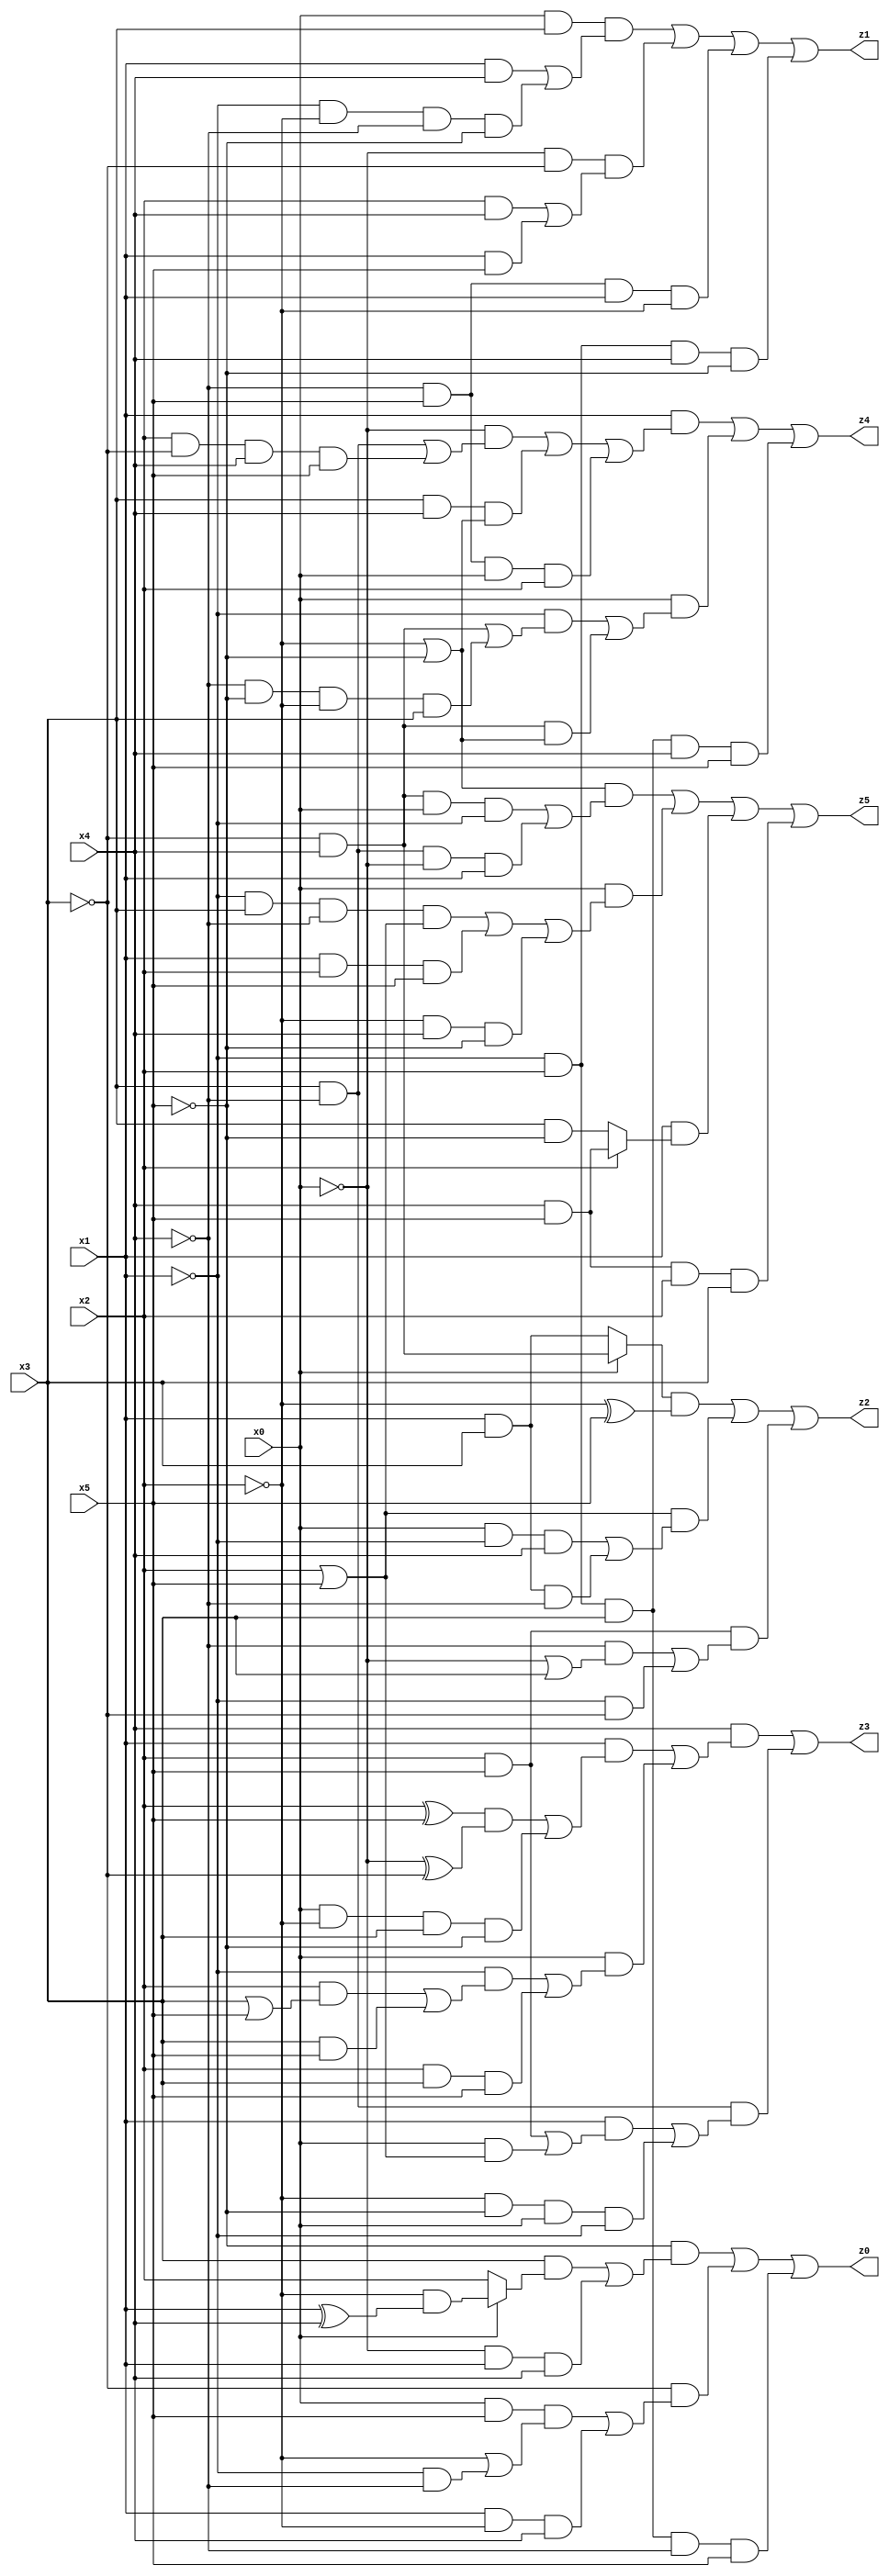
// Benchmark "mult_3x3_8" written by ABC on Sun Dec 11 18:52:49 2022

module mult_3x3_8 ( 
    x0, x1, x2, x3, x4, x5,
    z0, z1, z2, z3, z4, z5  );
  input  x0, x1, x2, x3, x4, x5;
  output z0, z1, z2, z3, z4, z5;
  assign z0 = (~x5 & ((x3 & (x0 ? (~x2 & (x1 ^ x4)) : x2)) | (~x0 & x1 & x4))) | (~x3 & ((x0 & x5 & (~x2 | (~x1 & ~x4))) | (x1 & ~x2 & x4))) | (~x1 & x2 & x3 & ~x4 & x5);
  assign z1 = (x0 & x3 & ((x1 & x4) | (~x1 & ~x2 & ~x4 & ~x5))) | (~x0 & ~x3 & ((x2 & x4) | (x1 & x5))) | (~x4 & x5 & x1 & ~x2) | (~x1 & x2 & x4 & ~x5);
  assign z2 = ((x0 ? (~x3 & x4) : (x1 & x3)) & (~x2 ^ x5)) | ((x2 | x5) & ((x0 & ~x1 & x4) | (x1 & x3 & ~x4))) | (x2 & x5 & ((~x4 & (~x0 | x3)) | (~x1 & ~x3)));
  assign z3 = (x4 & ((x1 & (((x2 ^ x5) & (~x0 ^ ~x3)) | (x0 & ~x2 & x3 & ~x5))) | (x0 & ((~x1 & ((x2 & (x3 | x5)) | (x3 & x5))) | (x2 & x3 & x5))))) | (x3 & ~x4 & ((x1 & ((x2 & x5) | (x0 & (x2 | x5)))) | (~x2 & ~x5 & x0 & ~x1)));
  assign z4 = (x1 & ((~x0 & ((x3 & ~x4) | (x2 & ~x3 & x4 & x5))) | (x3 & x4 & (~x2 | ~x5)) | (~x4 & x5 & x0 & x2))) | (x0 & ((~x1 & ((~x3 & x4) | (~x4 & ~x5 & ~x2 & x3))) | (~x3 & x4 & (~x2 | ~x5)))) | (~x1 & x2 & x3 & x4 & x5);
  assign z5 = ((~x2 | ~x5) & ((~x3 & x4 & x0 & ~x1) | (x3 & ~x4 & ~x0 & x1))) | (x0 & ((~x1 & x3 & ~x4 & (x2 | x5)) | (x1 & x2 & x5) | (~x2 & x4 & ~x5))) | (x1 & (x2 ? (x4 & x5) : (x3 & ~x5))) | (x4 & x5 & x2 & x3);
endmodule